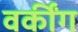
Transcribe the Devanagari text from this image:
वर्कींग